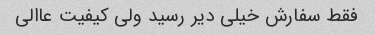
فقط سفارش خیلی دیر رسید ولی کیفیت عاالی